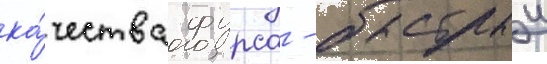
ка́чества фурса - быстрыи